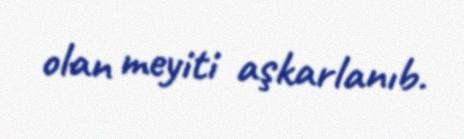
olan meyiti aşkarlanıb.